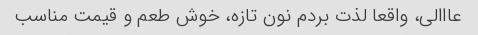
عااالی، واقعا لذت بردم نون تازه، خوش طعم و قیمت مناسب